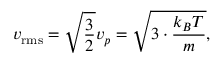
v _ { \mathrm { r m s } } = { \sqrt { \frac { 3 } { 2 } } } v _ { p } = { \sqrt { { 3 } \cdot { \frac { k _ { B } T } { m } } } } ,